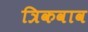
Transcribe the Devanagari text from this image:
त्रिकवाव